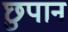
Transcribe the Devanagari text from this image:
छुपान